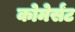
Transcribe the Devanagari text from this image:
कोमेर्संट